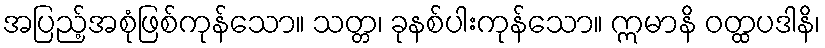
အပြည့်အစုံဖြစ်ကုန်သော။ သတ္တ၊ ခုနစ်ပါးကုန်သော။ ဣမာနိ ဝတ္ထပဒါနိ၊